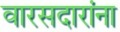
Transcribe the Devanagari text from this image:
वारसदारांना